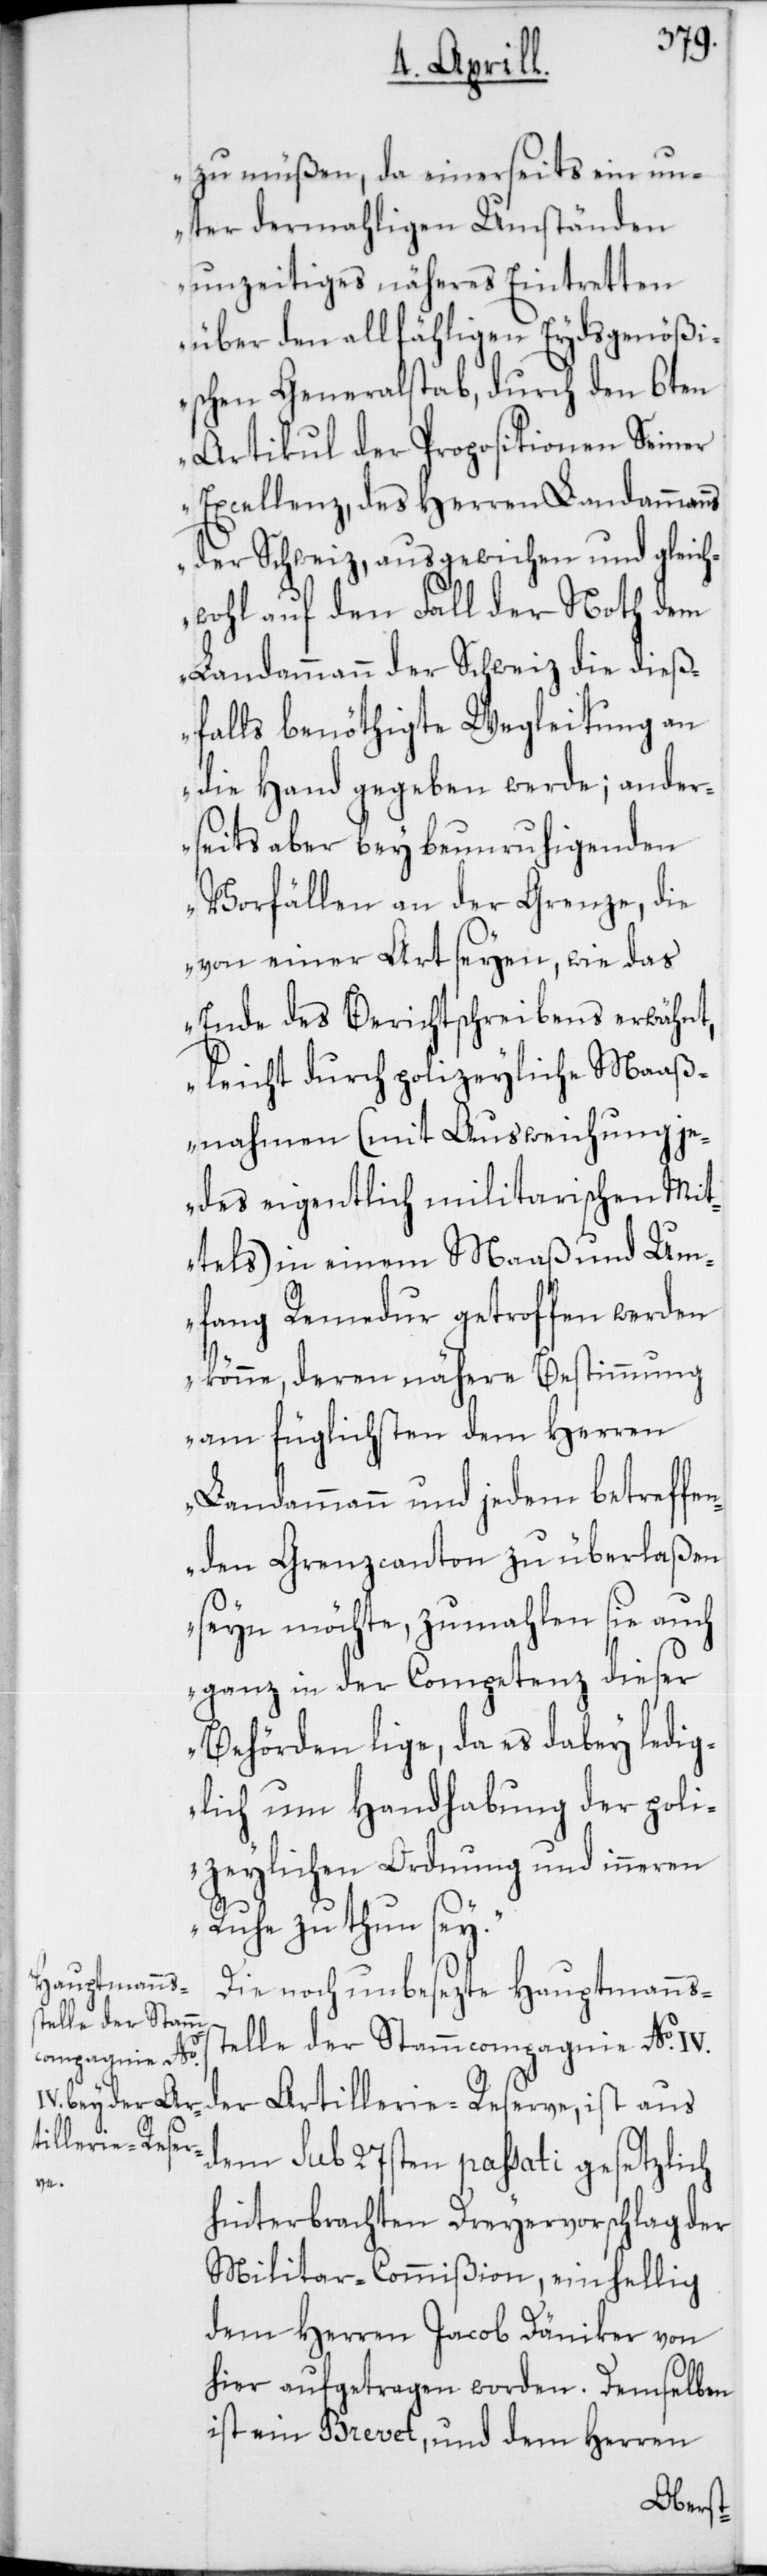
zu müßen, da einerseits ein un¬
ter dermahligen Umständen
unzeitiges näheres Eintretten
über den allfähligen Eydsgenößi¬
schen Generalstab, durch den 6ten
Artikul der Propositionen Seiner
Excellenz, des Herren Landammanns
der Schweiz, ausgewichen und gleich¬
wohl auf den Fall der Noth dem
Landamann der Schweiz die dieß¬
falls benöthigte Wegleitung an
die Hand gegeben werde; ander¬
seits aber bey beruhigenden
Vorfällen an der Grenze, die
von einer Art seyen, wie das
Ende des Berichtschreibens erwähnt,
leicht durch polizeyliche Maaß¬
nahmen (mit Ausweichung je¬
des eigentlich militarischen Mit¬
tels) in einem Maaß und Um¬
fang Remedur getroffen werden
könne, deren nähere Bestimmung
am füglichsten dem Herren
Landammann und jedem betreffe¬
nden Grenzcanton zu überlaßen
seyn möchte, zumahlen sie auch
ganz in der Competenz dieser
Behörden lige, da es dabey ledig¬
lich um Handhabung der poli¬
zeylichen Ordnung und inneren
Ruhe zu thun sey.“
Die noch unbesezte Hauptmannss¬
telle der Stamm¬
compagnie No
der Artillerie-Reserve, ist aus
dem sub 27sten passati gesetzlich
hinterbrachten Dreyervorschlag der
Militar-Commißion, einhellig
dem Herren Jacob Däniker von
hier aufgetragen worden. Demselben
ist ein Brevet, und dem Herren